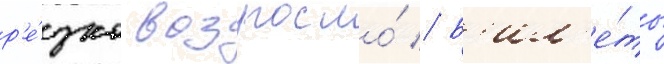
р'е́зко возросло́ // Б'ил'е́ты